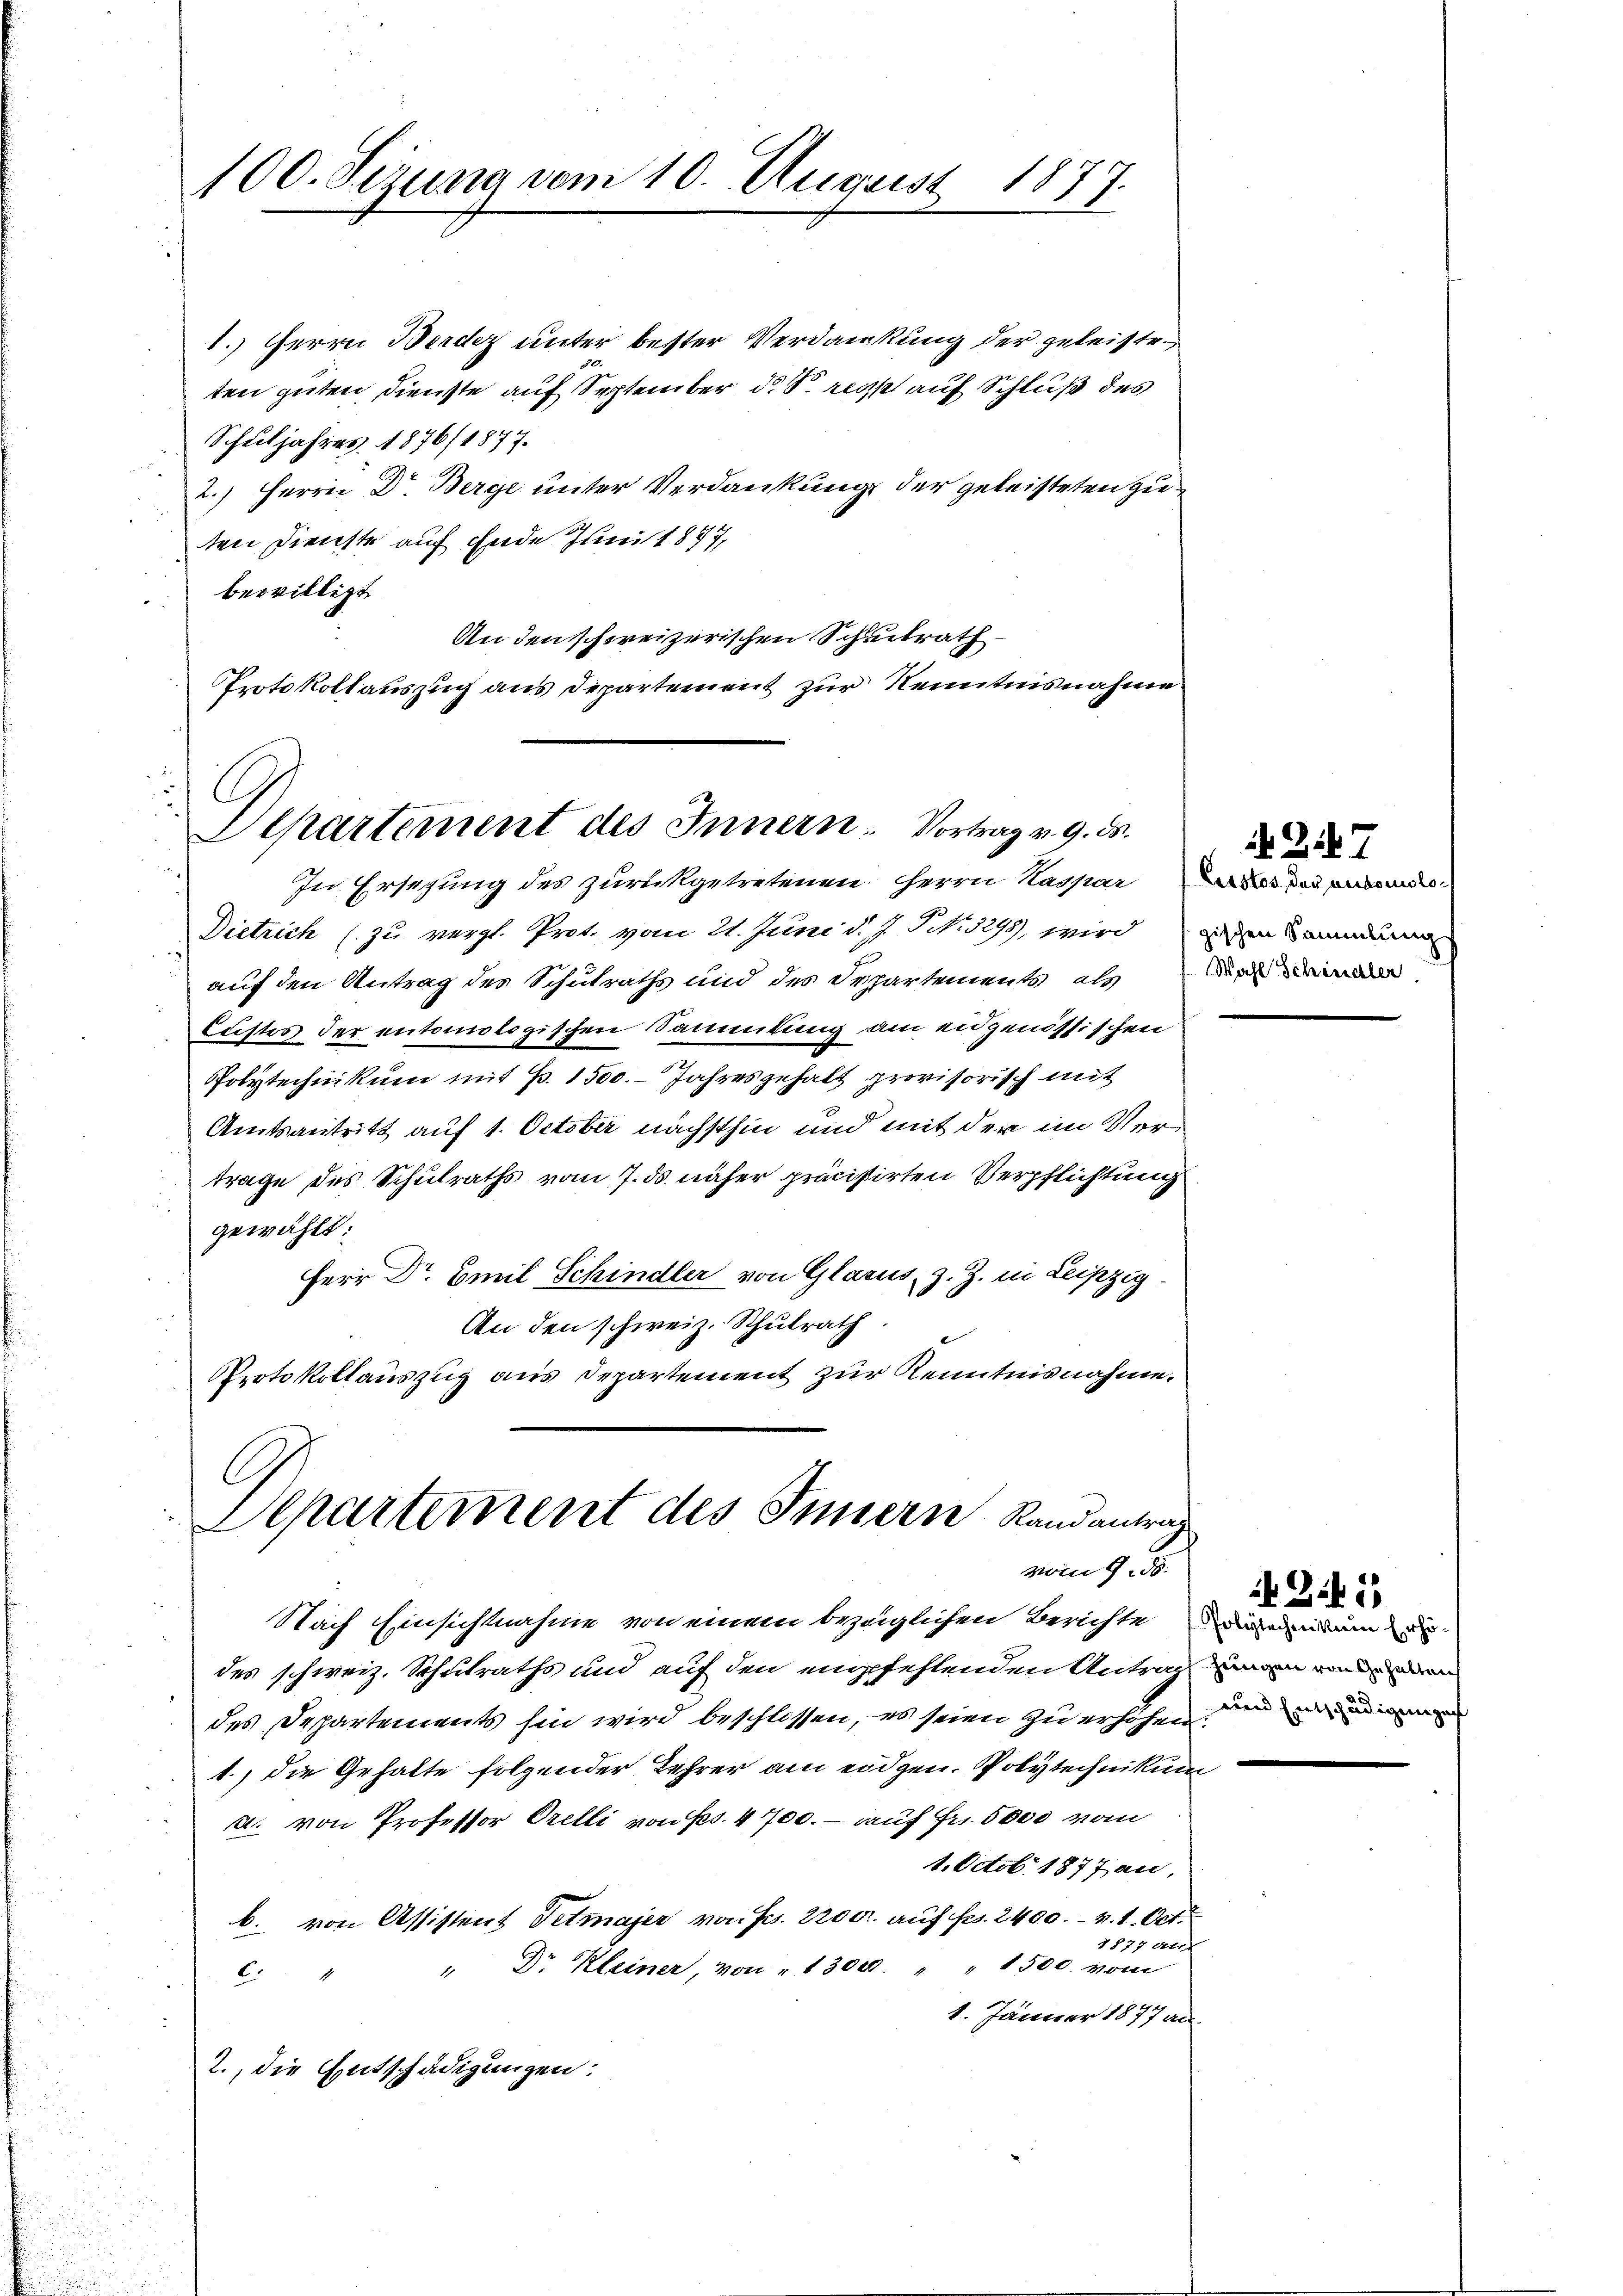
100. Sizung vom 10. August 1877.

1.) Herrn Berdez unter bester Verdankung der geleisten
ten guten Dienste auf September d. d. recht auf Schluß des
Schuljahres 1876/1877.
2.) Herrn Dr. Berge unter Verdankung der geleisteten zu
2
ten Dienste auf Ende Junist 847,
bewilligt
An den schweizerischen Schulrath
Protokollauszug aus Departement zur Kenntnisnahme

Departement des Innern. Vortrag v. 9. ds.
Je Ersezung des zurückgetretenen Herrn Kassares die

Dietrich (zu vergl. Prot. vom 21. Juni d. J. Nr. 3298, wird ein Sammlung
auf den Antrag des Schulraths und des Departements als die
Custos der entomologischen Sammlung am eidgenössischen
Polytechnikum mit p. 1500. Jahresgehalt provisorisch mit
Amtsantritt auf 1. October nächsthin und mit der im Vertrage des Schulraths vom 7. ds. näher präcistirten Verpflichtung
gewählt:
Herr Dr Emil Schindler von Glarus, z. Z. in Leipzig.
An den schweiz. Schulrath
Protokollauszug aus Departement zur Kenntnisnahme.

C
Departement des Innern Randantrag
vom 9. d.

Nach Einsichtnahme von einem bezüglichen Berichte einem

des schweiz. Schulraths und auf den empfehlenden Antrag mann und ein
des Departements hin wird beschlossen, es seien zu erhöhen
1.) die Gehalte folgender Lehrer am eidgen. Polytechnikum
u. von Professor Orelli von Fr. 4700.- auf Fr. 5000 vom
1. Octobr. 1877 an,
b. von Assistent Petmajer von P. 2200. auf Fr. 2400. v. 1. Oct.
1877 Al.
Dr Kleiner, von " 1300. " " 1500. vom
C
1. Jänner 1877 an
2., die Entschädigungen:

Z 7

4 Ziff.